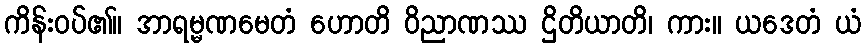
ကိန်းဝပ်၏။ အာရမ္မဏမေတံ ဟောတိ ဝိညာဏဿ ဌိတိယာတိ၊ ကား။ ယဒေတံ ယံ